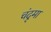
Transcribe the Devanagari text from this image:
चंदृमा